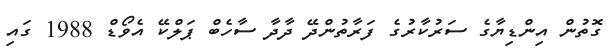
ގޮތުން އިންޑިޔާގެ ސަރުކާރުގެ ފަރާތުންދޭ ދާދާ ސާހެބް ޕަލްކޭ އެވޯޑް 1988 ގައި